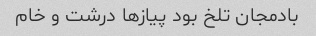
بادمجان تلخ بود پیاز‌ها درشت و خام